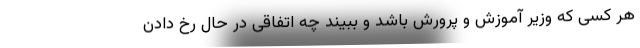
هر کسی که وزیر آموزش و پرورش باشد و ببیند چه اتفاقی در حال رخ دادن